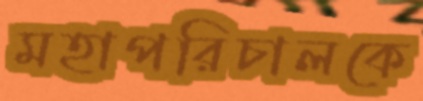
মহাপরিচালকে